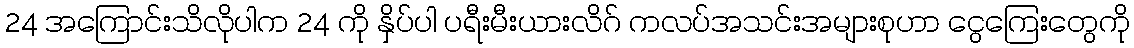
24 အကြောင်းသိလိုပါက 24 ကို နှိပ်ပါ ပရီးမီးယားလိဂ် ကလပ်အသင်းအများစုဟာ ငွေကြေးတွေကို